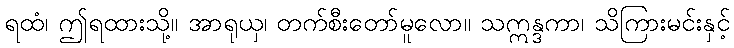
ရထံ၊ ဤရထားသို့။ အာရုယှ၊ တက်စီးတော်မူလော။ သဣန္ဒကာ၊ သိကြားမင်းနှင့်